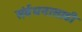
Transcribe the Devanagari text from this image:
संर्वधनासाठी